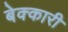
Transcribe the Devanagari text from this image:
बेक्कारी